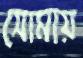
সোমায়